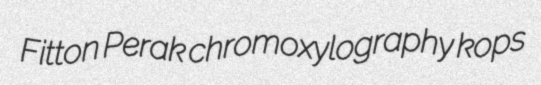
Fitton Perak chromoxylography kops